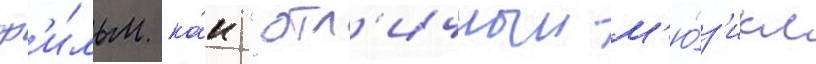
ф'и́льм ка́к "отл'ичныи м'ю́з'икл